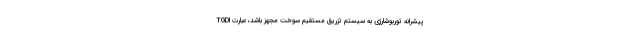
پیشرانه توربوشارژی به سیستم تزریق مستقیم سوخت مجهز باشد، عبارت TGDI